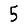
Digit: 5